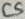
Text: C5